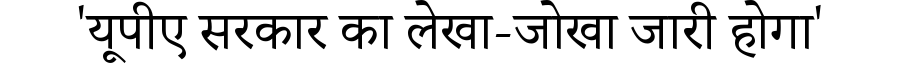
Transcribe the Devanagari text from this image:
'यूपीए सरकार का लेखा-जोखा जारी होगा'